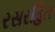
રસરહિત